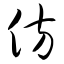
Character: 仿